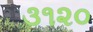
૩૧૨૦